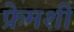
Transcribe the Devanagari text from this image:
फ्रेमशी